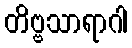
တိဗ္ဗသာရာဂါ